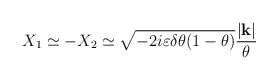
\begin{align*}X_{1}\simeq -X_{2}\simeq \sqrt{-2i\varepsilon \delta \theta (1-\theta )}\frac{|\mathbf{k}|}{\theta }\end{align*}